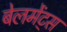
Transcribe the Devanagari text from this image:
बेलमेंट्स